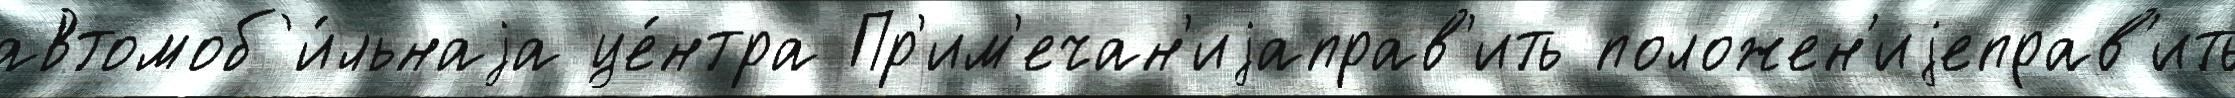
автомоб'и́льнаjа це́нтра Пр'им'ечан'иjаправ'ить положен'иjеправ'ить